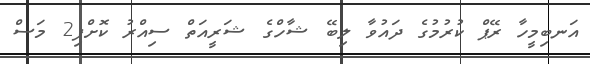
އަނބިމީހާ ރޭޕް ކުރުމުގެ ދައުވާ ލިބޭ ޝާހްގެ ޝަރީއަތް ސިއްރު ކޮށްފި2 މަސް